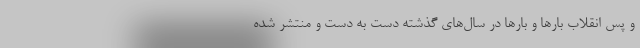
و پسِ انقلاب بارها و بارها در سال‌های گذشته دست به دست و منتشر شده